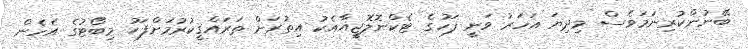
ބޭނުންކުރިނަމަވެސް މިދިޔަ އަހަރު ވަނީ ފަހުގެ ޓެކްނޮލޮޖީއާއެކު އިތުރަށް ތަރައްޤީކުރުމަށްފަހު މިބޯޓުގެ އެހެން